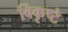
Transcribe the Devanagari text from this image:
विकृष्टे